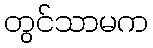
တွင်သာမက